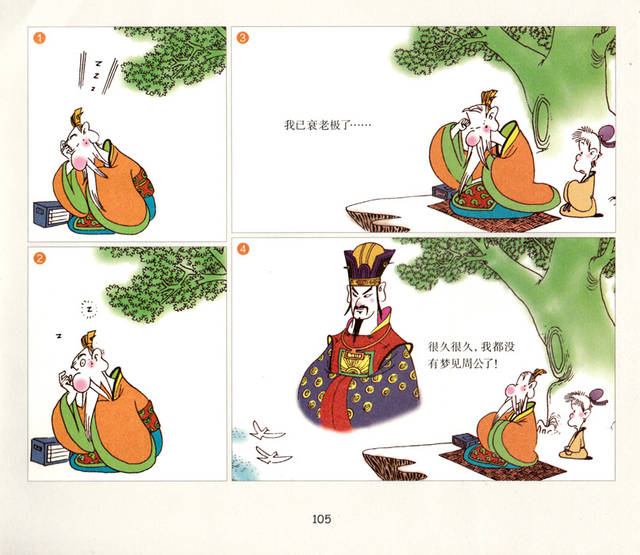
鸟之将死，其鸣也哀人之将死，其言也善。